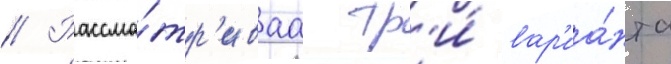
// Рассма́тр'иваа тр'и́ вар'иа́нта